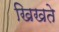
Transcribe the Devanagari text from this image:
खिखते